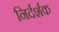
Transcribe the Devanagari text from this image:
निर्दर्शक